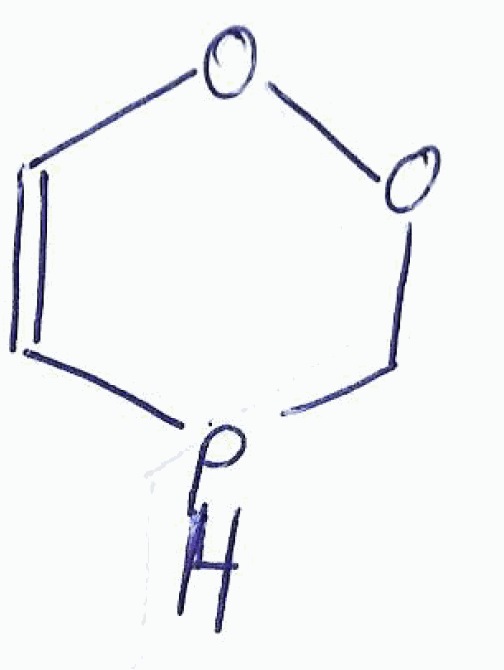
Simplified molecular-input line-entry system (SMILES) notation of the given molecule:
C1OOC=CP1